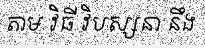
តាម វិធី វិបស្សនា នឹង